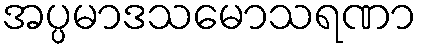
အပ္ပမာဒသမောသရဏာ